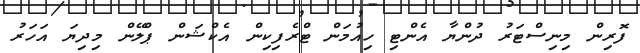
ފޮރިން މިނިސްޓަރު ދުންޔާ އެންޓި ހިއުމަން ޓްރެފިކިން އެކްޝަން ޕްލޭން މިދިޔަ އަހަރު